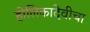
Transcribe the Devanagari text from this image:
होलिकादेवीचा